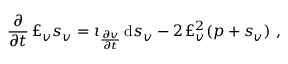
\frac \partial { \partial t } \, \pounds _ { v } s _ { v } = \iota _ { \frac { \partial v } { \partial t } } \, \mathrm { d } s _ { v } - 2 \, \pounds _ { v } ^ { 2 } ( p + s _ { v } ) \ ,